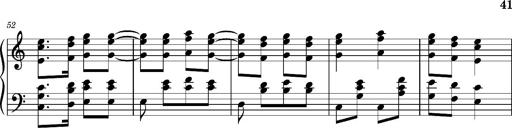
Title: Ungarischer Romanzero
Composer: Franz Liszt